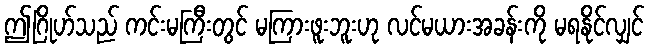
ဤဂြိုဟ်သည် ကင်းမကြီးတွင် မကြားဖူးဘူးဟု လင်မယားအခန်းကို မရနိုင်လျှင်